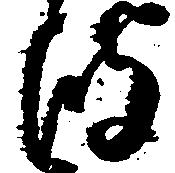
波